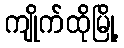
ကျိုက်ထိုမြို့